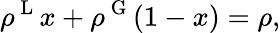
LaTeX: \rho^{\mathrm{~L~}}x+\rho^{\mathrm{~G~}}(1-x)=\rho,